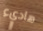
هاديء